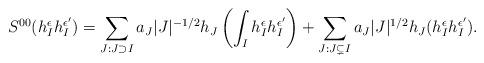
LaTeX: \begin{align*}S^{00}(h_I^\epsilon h_I^{\epsilon'})=\sum_{J: J\supset I}a_J|J|^{-1/2}h_J\left(\int_I h_I^\epsilon h_I^{\epsilon'}\right)+\sum_{J: J\subsetneq I} a_J|J|^{1/2}h_J(h_I^\epsilon h_I^{\epsilon'}).\end{align*}